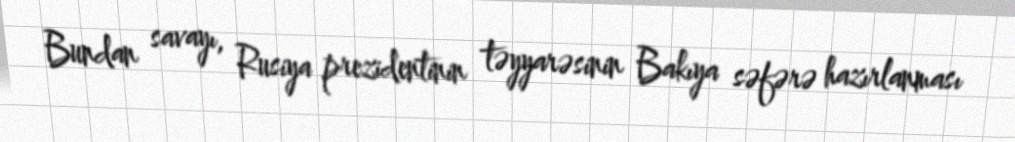
Bundan savayı, Rusiya prezidentinin təyyarəsinin Bakıya səfərə hazırlanması